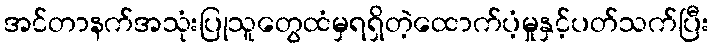
အင်တာနက်အသုံးပြုသူတွေထံမှရရှိတဲ့ထောက်ပံ့မှုနှင့်ပတ်သက်ပြီး